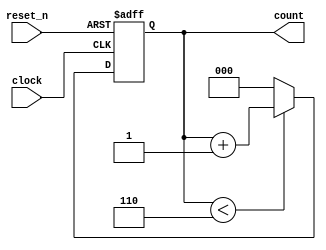
module addr_counter (clock, reset_n, count);
input               clock;
input               reset_n;
output reg  [2:0]   count;

always @ (posedge clock, negedge reset_n) begin
    if (reset_n == 0)
        count <= 0;
    else if (count < 6)
        count <= count + 1;
    else begin
        count = 0;
    end
end
endmodule